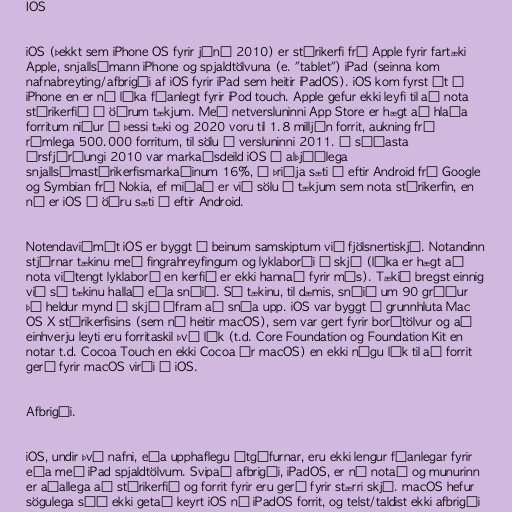
IOS

iOS (þekkt sem iPhone OS fyrir júní 2010) er stýrikerfi frá Apple fyrir fartæki
Apple, snjallsímann iPhone og spjaldtölvuna (e. "tablet") iPad (seinna kom
nafnabreyting/afbrigði af iOS fyrir iPad sem heitir iPadOS). iOS kom fyrst út á
iPhone en er nú líka fáanlegt fyrir iPod touch. Apple gefur ekki leyfi til að nota
stýrikerfið á öðrum tækjum. Með netversluninni App Store er hægt að hlaða
forritum niður í þessi tæki og 2020 voru til 1.8 milljón forrit, aukning frá
rúmlega 500.000 forritum, til sölu í versluninni 2011. Á síðasta
ársfjórðungi 2010 var markaðsdeild iOS á alþjóðlega
snjallsímastýrikerfismarkaðinum 16%, í þriðja sæti á eftir Android frá Google
og Symbian frá Nokia, ef miðað er við sölu á tækjum sem nota stýrikerfin, en
nú er iOS í öðru sæti á eftir Android.

Notendaviðmót iOS er byggt á beinum samskiptum við fjölsnertiskjá. Notandinn
stjórnar tækinu með fingrahreyfingum og lyklaborði á skjá (líka er hægt að
nota viðtengt lyklaborð en kerfið er ekki hannað fyrir mús). Tækið bregst einnig
við sé tækinu hallað eða snúið. Sé tækinu, til dæmis, snúið um 90 gráður
þá heldur mynd á skjá áfram að snúa upp. iOS var byggt á grunnhluta Mac
OS X stýrikerfisins (sem nú heitir macOS), sem var gert fyrir borðtölvur og að
einhverju leyti eru forritaskil því lík (t.d. Core Foundation og Foundation Kit en
notar t.d. Cocoa Touch en ekki Cocoa úr macOS) en ekki nógu lík til að forrit
gerð fyrir macOS virði á iOS.

Afbrigði.

iOS, undir því nafni, eða upphaflegu útgáfurnar, eru ekki lengur fáanlegar fyrir
eða með iPad spjaldtölvum. Svipað afbrigði, iPadOS, er nú notað og munurinn
er aðallega að stýrikerfið og forrit fyrir eru gerð fyrir stærri skjá. macOS hefur
sögulega séð ekki getað keyrt iOS né iPadOS forrit, og telst/taldist ekki afbrigði